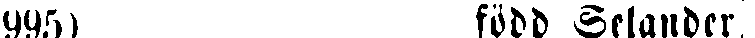
(995) född Selander,